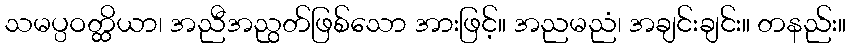
သမပ္ပဝတ္ထိယာ၊ အညီအညွတ်ဖြစ်သော အားဖြင့်။ အညမညံ၊ အချင်းချင်း။ တနည်း။